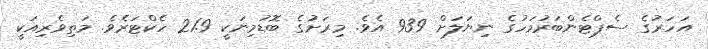
އަހަރުގެ ސެޕްޓެންބަރުމަހުގެ ނިޔަލަށް 939 އެވެ. މިރަށުގެ ބޮޑުމިނަކީ 21.9 ހެކްޓަރެވެ. މަތިވެރިއަކީ